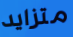
متزايد